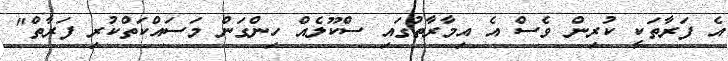
އެ ފަރާތަކީ ކުރިން ވެސް އެ އިމާރާތުގައި ސްކޫލެއް ހިންގަން މަސައްކަތްކުރި ފަރާތް"